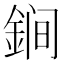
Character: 𲇏